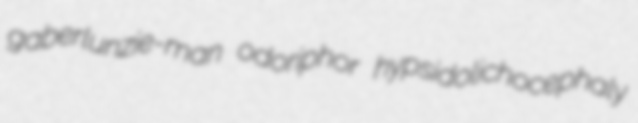
gaberlunzie-man odoriphor hypsidolichocephaly